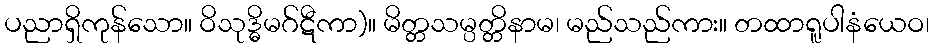
ပညာရှိကုန်သော။ ဝိသုဒ္ဓိမဂ်ဋီကာ)။ မိတ္တသမ္ပတ္တိနာမ၊ မည်သည်ကား။ တထာရူပါနံယေဝ၊